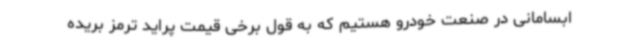
ابسامانی در صنعت خودرو هستیم که به قول برخی قیمت پراید ترمز بریده